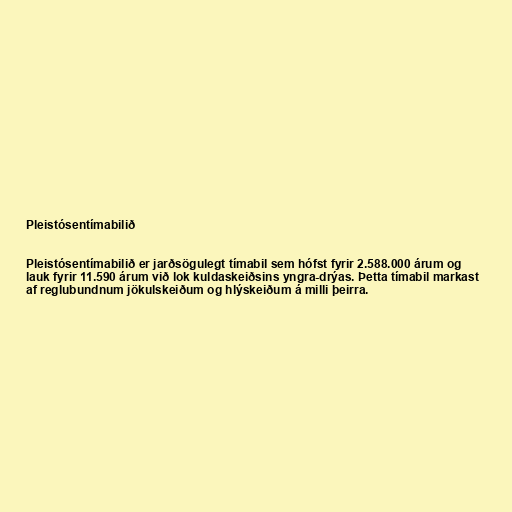
Pleistósentímabilið

Pleistósentímabilið er jarðsögulegt tímabil sem hófst fyrir 2.588.000 árum og
lauk fyrir 11.590 árum við lok kuldaskeiðsins yngra-drýas. Þetta tímabil markast
af reglubundnum jökulskeiðum og hlýskeiðum á milli þeirra.